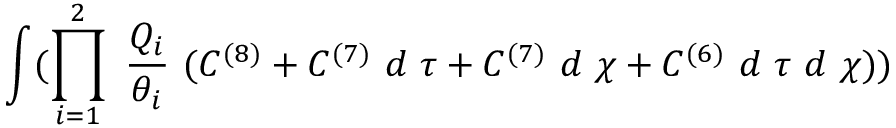
\int ( \prod _ { i = 1 } ^ { 2 } ~ \frac { Q _ { i } } { \theta _ { i } } ~ ( C ^ { ( 8 ) } + C ^ { ( 7 ) } ~ d ~ \tau + C ^ { ( 7 ) } ~ d ~ \chi + C ^ { ( 6 ) } ~ d ~ \tau ~ d ~ \chi ) )